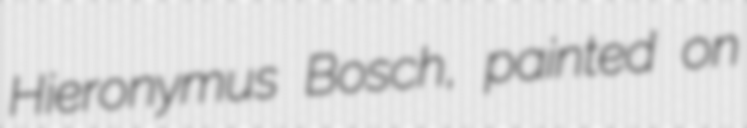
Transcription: Hieronymus Bosch, painted on